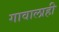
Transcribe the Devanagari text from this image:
गावालाही